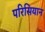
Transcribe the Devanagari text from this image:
परिसियान